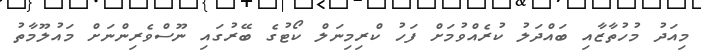
މިއަދު މުހުތާޒާއި ބައްދަލު ކުރެއްވުމަށް ފަހު ކްރިމިނަލް ކޯޓުގެ ބޭރުގައި ނޫސްވެރިންނަށް މައުލޫމާތު